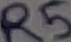
Text: R5